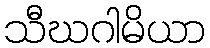
သီဃဂါမိယာ